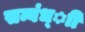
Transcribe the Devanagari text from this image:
सम्बंध्ाी